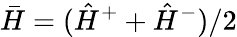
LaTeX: \bar{H}=(\hat{H}^{+}+\hat{H}^{-})/2